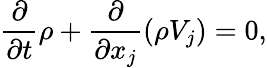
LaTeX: {\frac{\partial}{\partial t}}\rho+{\frac{\partial}{\partial x_{j}}}(\rho V_{j})=0,